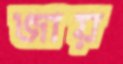
জায়